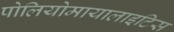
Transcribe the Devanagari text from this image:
पोलियोमायालाइटिस